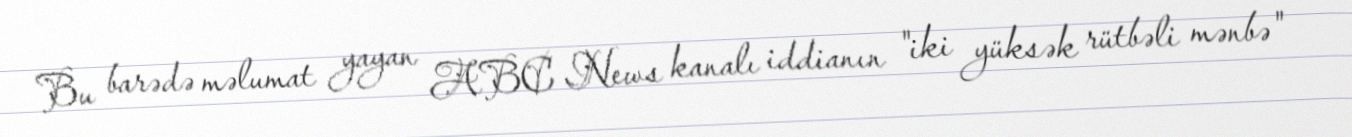
Bu barədə məlumat yayan ABC News kanalı iddianın "iki yüksək rütbəli mənbə"